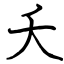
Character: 夭